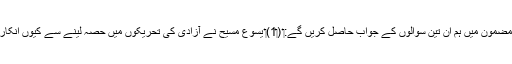
‏ اِس مضمون میں ہم اِن تین سوالوں کے جواب حاصل کریں گے:‏ (‏1)‏ یسوع مسیح نے آزادی کی تحریکوں میں حصہ لینے سے کیوں اِنکار کِیا؟